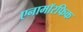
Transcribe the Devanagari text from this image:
एनामॉरफिक